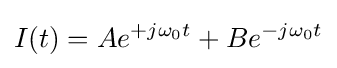
I(t)=Ae^{+j\omega _{0}t}+Be^{-j\omega _{0}t}